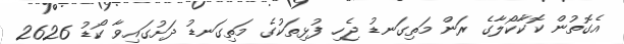
އެގޮތުން ކޮކާކޯލާގެ ރަން މަތިގަނޑު ޖެހި ފުޅިތަކުގެ މަތިގަނޑު ދަށުގައިވާ ކޯޑު 2626